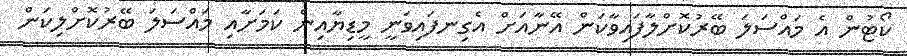
ކޯޓުން އެ މައްސަލަ ބޭރުކޮށްލާފައިވާކަން އޭނާއަށް އެގިނފައިވަނީ މީޑިޔާއިން ކަމަށާއި މައްސަލަ ބޭރުކޮށްލިކަން